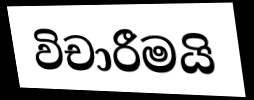
විචාරීමයි